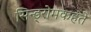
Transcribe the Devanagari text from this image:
सिन्ड्रोमकहते